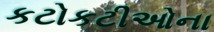
કટોકટીઓના